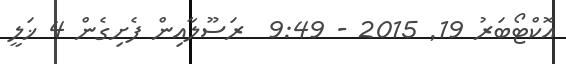
އޮކްޓޯބަރު 19